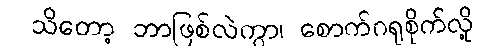
သိတော့ ဘာဖြစ်လဲကွာ၊ စောက်ဂရုစိုက်လို့